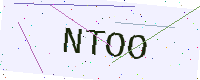
Text: NTOO